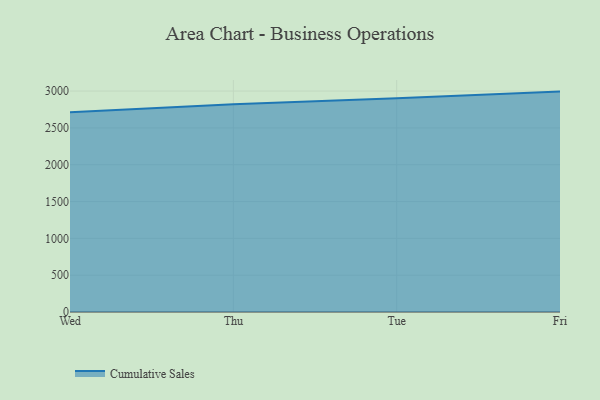
{"axis": {"x": "Day", "y": "Page Views"}, "legend": ["Cumulative Sales"], "data": [{"x": "Wed", "y": 2713.4, "type": "Cumulative Sales"}, {"x": "Thu", "y": 2819.7, "type": "Cumulative Sales"}, {"x": "Tue", "y": 2902.1, "type": "Cumulative Sales"}, {"x": "Fri", "y": 2992.8, "type": "Cumulative Sales"}]}